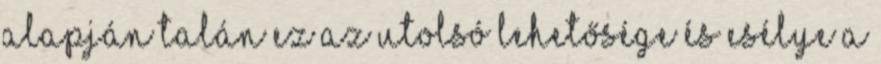
alapján talán ez az utolsó lehetősége és esélye a